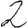
Digit: 2